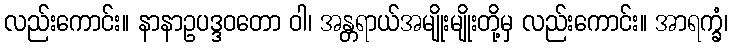
လည်းကောင်း။ နာနာဥပဒ္ဒဝတော ဝါ၊ အန္တရာယ်အမျိုးမျိုးတို့မှ လည်းကောင်း။ အာရက္ခံ၊